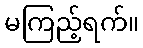
မကြည့်ရက်။